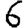
Digit: 6